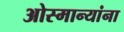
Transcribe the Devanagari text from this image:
ओस्मान्यांना